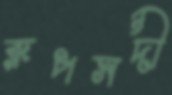
রূপসদী